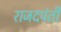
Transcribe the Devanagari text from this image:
राजदपंती